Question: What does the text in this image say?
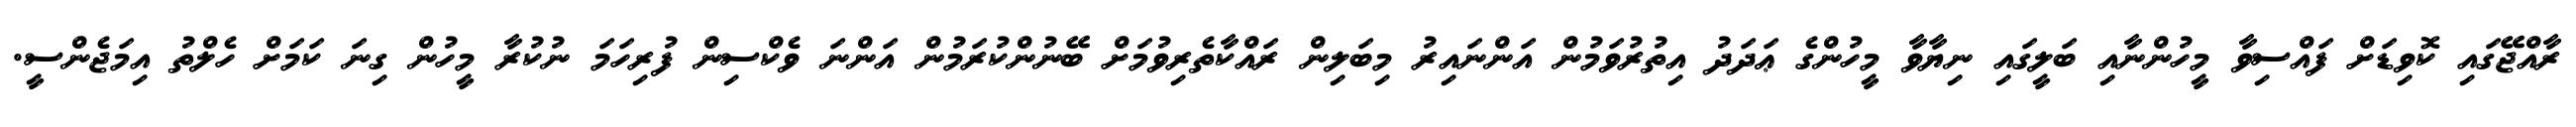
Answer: ރާއްޖޭގައި ކޮވިޑަށް ފައްސިވާ މީހުންނާއި ބަލީގައި ނިޔާވާ މީހުންގެ ޢަދަދު އިތުރުވަމުން އަންނައިރު މިބަލިން ރައްކާތެރިވުމަށް ބޭނުންކުރަމުން އަންނަ ވެކްސިން ފުރިހަމަ ނުކުރާ މީހުން ގިނަ ކަމަށް ހެލްތު އިމަޖެންސީ.